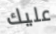
عليك